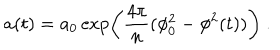
LaTeX: a ( t ) = a _ { 0 } \exp \left( { \frac { 4 \pi } { n } } ( \phi _ { 0 } ^ { 2 } - \phi ^ { 2 } ( t ) ) \right) \ .